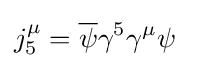
j_{5}^{\mu }={\overline {\psi }}\gamma ^{5}\gamma ^{\mu }\psi ~